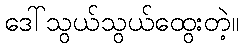
ဒေါ်သွယ်သွယ်ထွေးတဲ့။